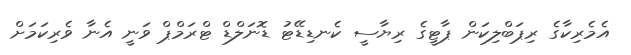
އެމެރިކާގެ ރިޕަބްލިކަން ޕާޓީގެ ރިޔާސީ ކެނޑިޑޭޓު ޑޮނަލްޑް ޓްރަމްޕް ވަނީ އެނާ ވެރިކަމަށް